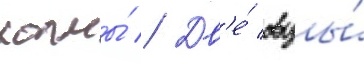
холмы́ // Дв'е́ овцы́